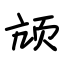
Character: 颃